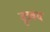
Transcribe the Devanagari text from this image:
वृत्रवध